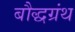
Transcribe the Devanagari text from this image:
बौद्धग्रंथ